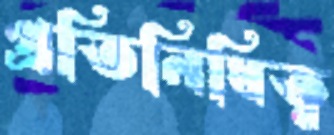
প্রতিনিধিত্ব